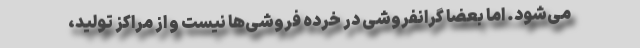
می‌شود. اما بعضاً گرانفروشی در خرده فروشی‌ها نیست و از مراکز تولید،